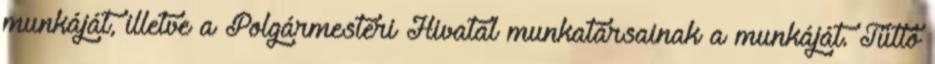
munkáját, illetve a Polgármesteri Hivatal munkatársainak a munkáját. Tüttő